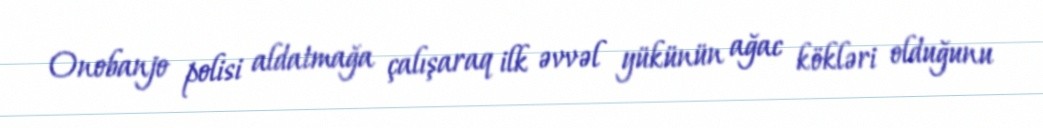
Onobanjo polisi aldatmağa çalışaraq ilk əvvəl yükünün ağac kökləri olduğunu